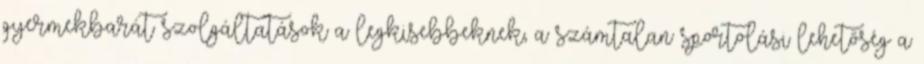
gyermekbarát szolgáltatások a legkisebbeknek, a számtalan sportolási lehetőség a